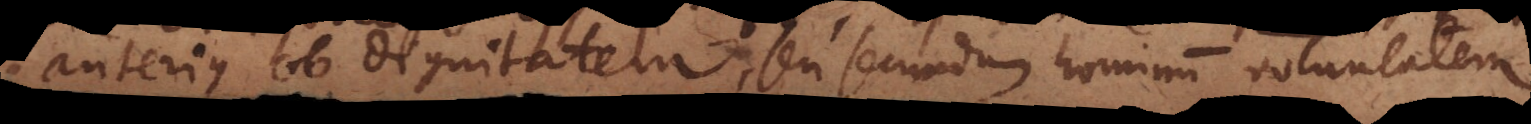
anterius ob dignitatem, seu secundum hominum voluntatem